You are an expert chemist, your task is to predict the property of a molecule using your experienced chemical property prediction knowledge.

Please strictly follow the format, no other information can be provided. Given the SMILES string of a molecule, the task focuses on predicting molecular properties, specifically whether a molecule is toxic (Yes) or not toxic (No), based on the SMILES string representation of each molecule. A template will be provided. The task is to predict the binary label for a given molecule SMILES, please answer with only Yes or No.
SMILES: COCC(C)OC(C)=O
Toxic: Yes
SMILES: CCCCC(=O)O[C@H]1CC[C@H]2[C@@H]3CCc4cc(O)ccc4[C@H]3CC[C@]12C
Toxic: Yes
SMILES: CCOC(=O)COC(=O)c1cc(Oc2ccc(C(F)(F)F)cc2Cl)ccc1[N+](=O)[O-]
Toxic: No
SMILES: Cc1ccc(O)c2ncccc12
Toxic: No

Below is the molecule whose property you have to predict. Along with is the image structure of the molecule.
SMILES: CC1CC(O)CC(C)(C)C1
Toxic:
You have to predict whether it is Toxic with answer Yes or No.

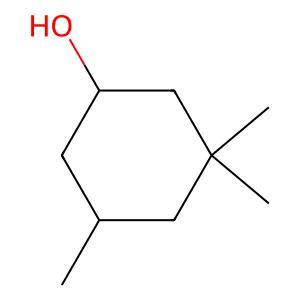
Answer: No